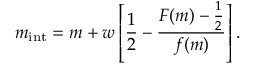
m _ { \mathrm { i n t } } = m + w \left[ { \frac { 1 } { 2 } } - { \frac { F ( m ) - { \frac { 1 } { 2 } } } { f ( m ) } } \right] .